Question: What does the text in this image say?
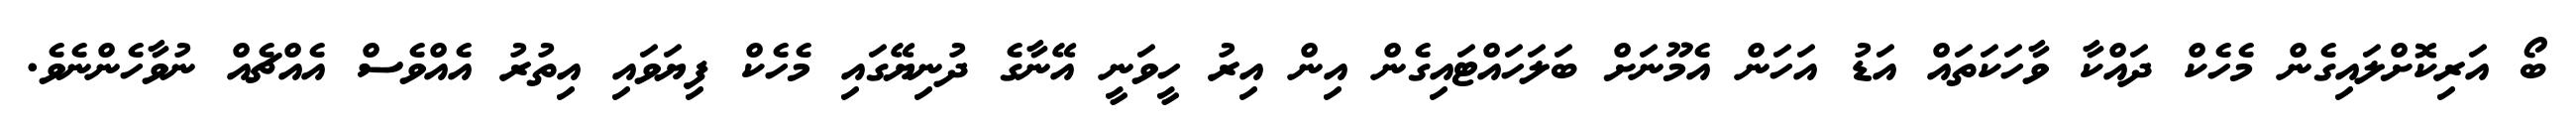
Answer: ބޯ އަރިކޮށްލައިގެން މެހެކް ދައްކާ ވާހަކަތައް އަޑު އަހަން އެމޫނަށް ބަލަހައްޓައިގެން އިން އިރު ހީވަނީ އޭނާގެ ދުނިޔޭގައި މެހެކް ފިޔަވައި އިތުރު އެއްވެސް އެއްޗެއް ނުވާހެންނެވެ.